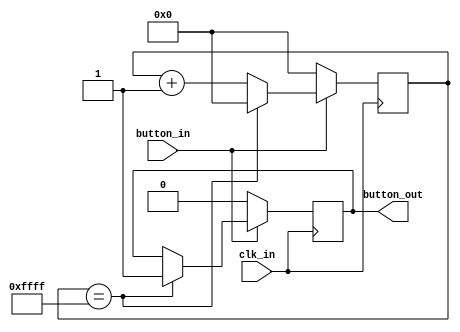
`timescale 1ns / 1ps
//////////////////////////////////////////////////////////////////////////////////
// Company: 
// Engineer: 
// 
// Design Name: 
// Module Name:    debouncer 
// Project Name: 
// Target Devices: 
// Tool versions: 
// Description: 
//
// Dependencies: 
//
// Revision: 
// Revision 0.01 - File Created
// Additional Comments: 
//
//////////////////////////////////////////////////////////////////////////////////
module debouncer(
	clk_in,
	button_in,
	button_out
    );

input button_in;
input clk_in;
output button_out;

reg [15:0] contact_ct;
reg button_out_reg;

always @(posedge clk_in) begin
	if(button_in == 0) begin
		contact_ct<= 0;
		button_out_reg <= 0;
	end
	else begin
		contact_ct <= contact_ct + 1'b1;
		if(contact_ct == 16'hffff) begin
			button_out_reg <= 1;
			contact_ct <= 0;
		end
	end
end

assign button_out = button_out_reg;

endmodule